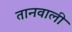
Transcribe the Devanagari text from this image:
तानवाली